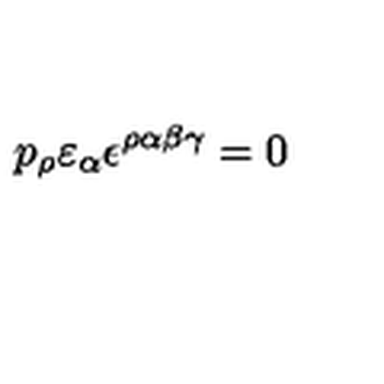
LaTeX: p _ { \rho } \varepsilon _ { \alpha } \epsilon ^ { \rho \alpha \beta \gamma } = 0